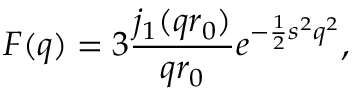
F ( q ) = 3 \frac { j _ { 1 } ( q r _ { 0 } ) } { q r _ { 0 } } e ^ { - \frac { 1 } { 2 } s ^ { 2 } q ^ { 2 } } ,